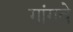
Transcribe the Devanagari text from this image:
गांगवे